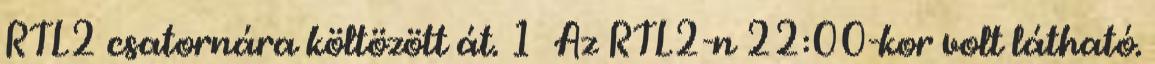
RTL2 csatornára költözött át. 1 Az RTL2-n 22:00-kor volt látható.